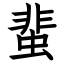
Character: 蜚